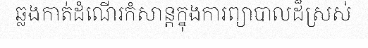
ឆ្លងកាត់ដំណើរកំសាន្តក្នុងការព្យាបាលដ៏ស្រស់